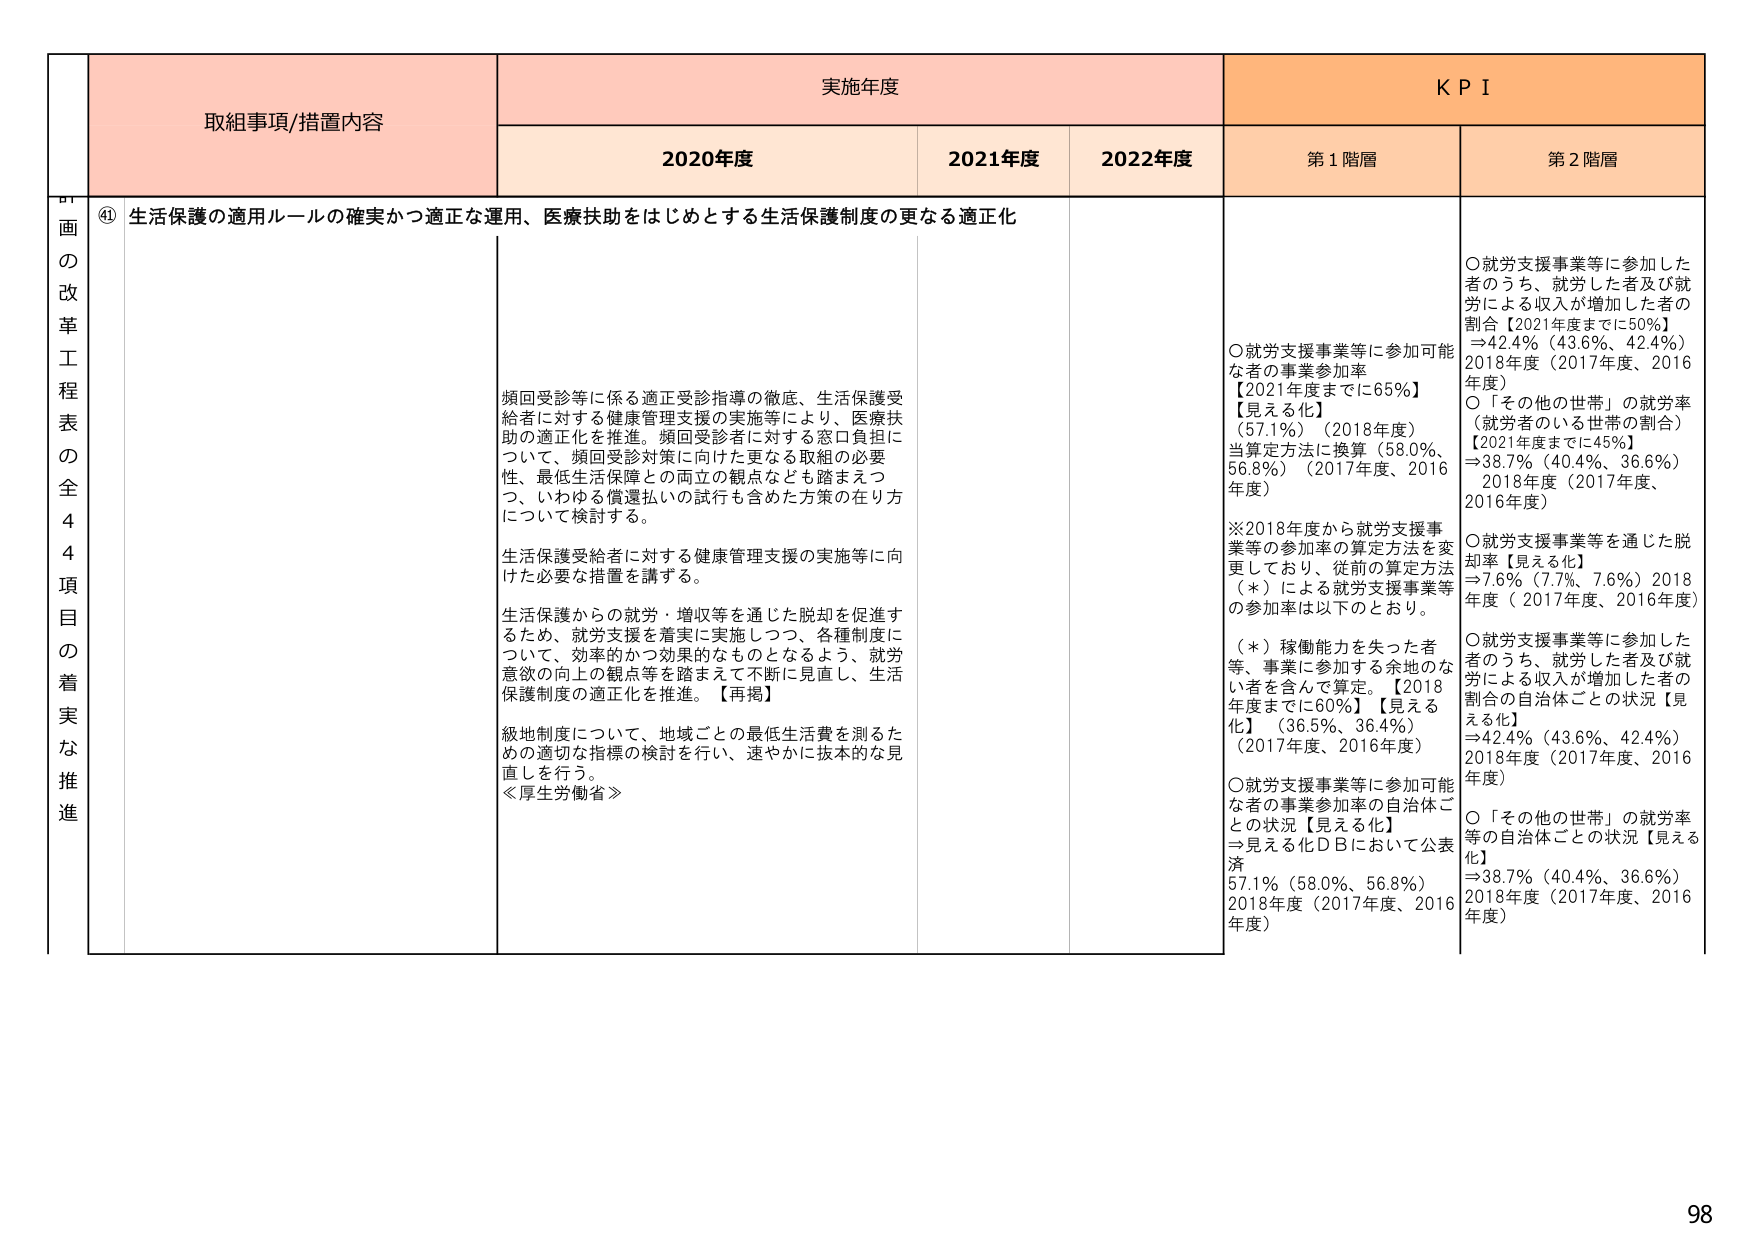
画の改革工程表の全44項目の着実な推進

取組事項/措置内容

④ 生活保護の適用ルールの確実かつ適正な運用、医療扶助をはじめとする生活保護制度の更なる適正化

実施年度

2020年度

2021年度

2022年度

KPI

第1階層

第2階層

頻回受診等に係る適正受診指導の徹底、生活保護受給者に対する健康管理支援の実施等により、医療扶助の適正化を推進。頻回受診者に対する窓口負担について、頻回受診対策に向けた更なる取組の必要性、最低生活保障との両立の観点なども踏まえつつ、いわゆる償還払いの試行も含めた方策の在り方について検討する。

生活保護受給者に対する健康管理支援の実施等に向けた必要な措置を講ずる。

生活保護からの就労・増収等を通じた脱却を促進するため、就労支援を着実に実施しつつ、各種制度について、効率的かつ効果的なものとなるよう、就労意欲の向上の観点等を踏まえて不断に見直し、生活保護制度の適正化を推進。【再掲】

級地制度について、地域ごとの最低生活費を測るための適切な指標の検討を行い、速やかに抜本的な見直しを行う。

≪厚生労働省≫

○就労支援事業等に参加可能な者の事業参加率
【2021年度までに65％】
【見える化】
（57.1％）（2018年度）
当算定方法に換算（58.0％、56.8％）（2017年度、2016年度）

※2018年度から就労支援事業等の参加率の算定方法を変更しており、従前の算定方法（＊）による就労支援事業等の参加率は以下のとおり。

（＊）稼働能力を失った者等、事業に参加する余地のない者を含んで算定。【2018年度までに60％】【見える化】（36.5％、36.4％）（2017年度、2016年度）

○就労支援事業等に参加可能な者の状況【見える化】
⇒見える化DBにおいて公表済
57.1％（58.0％、56.8％）
2018年度（2017年度、2016年度）

○就労支援事業等に参加した者のうち、就労した者及び就労による収入が増加した者の割合【2021年度までに50％】
⇒42.4％（43.6％、42.4％）
2018年度（2017年度、2016年度）

○「その他の世帯」の就労率（就労者のいる世帯の割合）
【2021年度までに45％】
⇒38.7％（40.4％、36.6％）
2018年度（2017年度、2016年度）

○就労支援事業等を通じた脱却率【見える化】
⇒7.6％（7.7％、7.6％）2018年度（2017年度、2016年度）

○就労支援事業等に参加した者のうち、就労した者及び就労による収入が増加した者の割合の自治体ごとの状況【見える化】
⇒42.4％（43.6％、42.4％）
2018年度（2017年度、2016年度）

○「その他の世帯」の就労率等の自治体ごとの状況【見える化】
⇒38.7％（40.4％、36.6％）
2018年度（2017年度、2016年度）

98